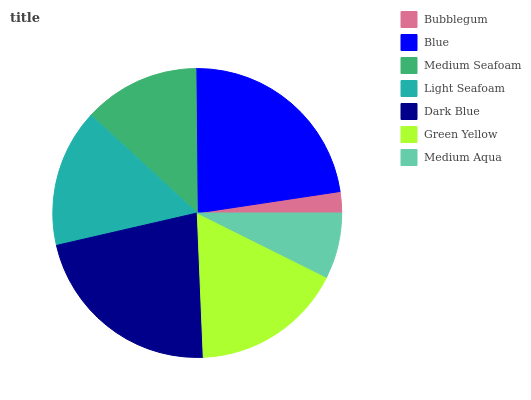
| Bubblegum | Blue | Medium Seafoam | Light Seafoam | Dark Blue | Green Yellow | Medium Aqua |
 | --- | --- | --- | --- | --- | --- | --- |
 | 2.37% | 22.7% | 13% | 15.4% | 22.1% | 17% | 7.33% |